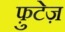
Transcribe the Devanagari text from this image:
फ़ुटेज़